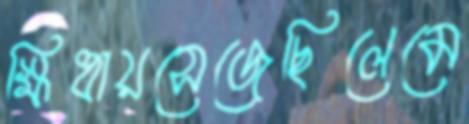
ক্ষিধায়সেজেছিলেমে